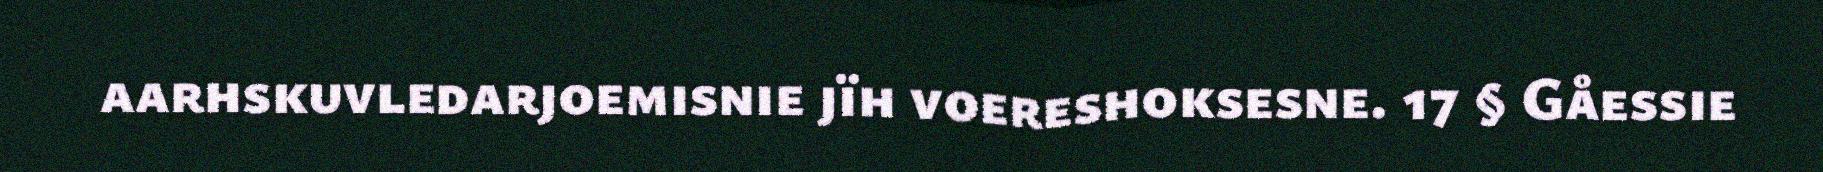
aarhskuvledarjoemisnie jïh voereshoksesne. 17 § Gåessie